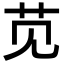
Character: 苋